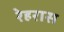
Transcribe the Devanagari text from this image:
रेहरास